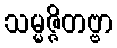
သမ္မဇ္ဇိတဗ္ဗာ